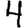
Digit: 4